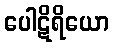
ပေါဋိရိယော